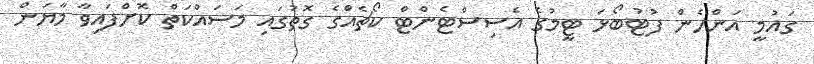
ގައުމީ އަންހެން ފުޓުބޯޅަ ޓީމުގެ އެސިސްޓެންޓް ކޯޗެއްގެ ގޮތުގައި މަސައްކަތް ކޮށްފައިވާ މާޔަން